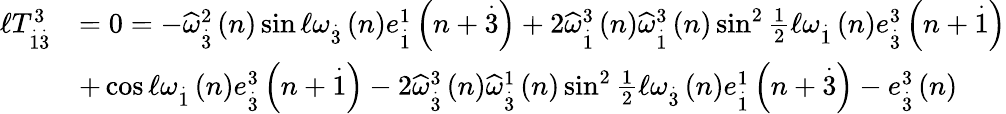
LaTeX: \begin{array}{rl}{\mathcal{\ell}T_{\overset{.}{1}\overset{.}{3}}^{3}}&{=0=-\widehat{\omega}_{\overset{.}{3}}^{2}\left(n\right)\sin\mathcal{\ell}\omega_{\overset{.}{3}}\left(n\right)e_{\overset{.}{1}}^{1}\left(n+\overset{.}{3}\right)+2\widehat{\omega}_{\overset{.}{1}}^{3}\left(n\right)\widehat{\omega}_{\overset{.}{1}}^{3}\left(n\right)\sin^{2}\frac{1}{2}\mathcal{\ell}\omega_{\overset{.}{1}}\left(n\right)e_{\overset{.}{3}}^{3}\left(n+\overset{.}{1}\right)}\\ &{+\cos\mathcal{\ell}\omega_{\overset{.}{1}}\left(n\right)e_{\overset{.}{3}}^{3}\left(n+\overset{.}{1}\right)-2\widehat{\omega}_{\overset{.}{3}}^{3}\left(n\right)\widehat{\omega}_{\overset{.}{3}}^{1}\left(n\right)\sin^{2}\frac{1}{2}\mathcal{\ell}\omega_{\overset{.}{3}}\left(n\right)e_{\overset{.}{1}}^{1}\left(n+\overset{.}{3}\right)-e_{\overset{.}{3}}^{3}\left(n\right)}\end{array}